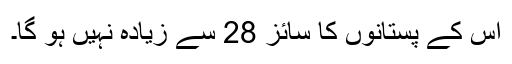
اس کے پستانوں کا سائز 28 سے زیادہ نہیں ہو گا۔